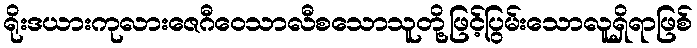
ရိုးဒယားကုလားဇေဂီဝေသာလီစသောသူတို့ဖြင့်ပြွမ်းသောလူရှိရာဖြစ်